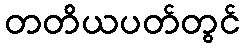
တတိယပတ်တွင်